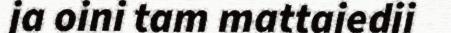
ja oini tam mattajedji